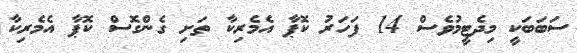
ސަބަބަކީ މިދެޓީމުވެސް 14 ފަހަރު ކޮޕާ އެމެރިކާ ތަށި ގެންގޮސް ކޮޕާ އެމެރިކާ